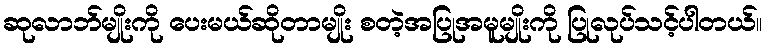
ဆုလာဘ်မျိုးကို ပေးမယ်ဆိုတာမျိုး စတဲ့အပြုအမူမျိုးကို ပြုလုပ်သင့်ပါတယ်။